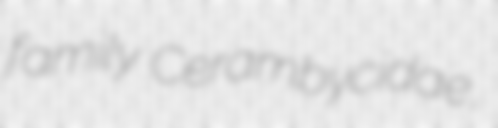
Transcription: family Cerambycidae,